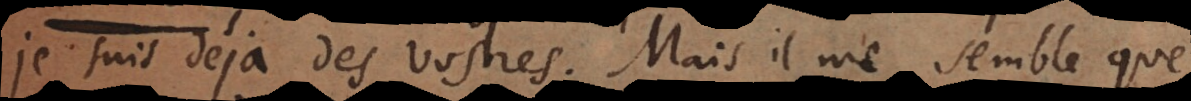
je suis déjà des vostres. Mais il me semble que